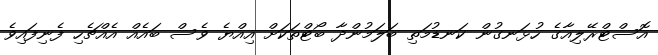
އޮސްޓްރޭލިއާގެ ހުޅަނގުން ކަނޑުމަތި ބަލަމުންދާ ބޯޓްތަކަށް އިއްޔެ ވެސް ބައެއް އެއްޗެހި ފެނިފައިވެ